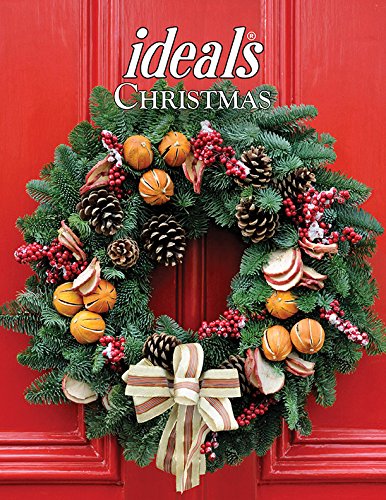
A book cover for Christmas Ideals 2015 (Ideals Christmas); Melinda L. Rumbaugh; Christian Books & Bibles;